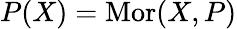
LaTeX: P(X)=\operatorname{Mor}(X,P)